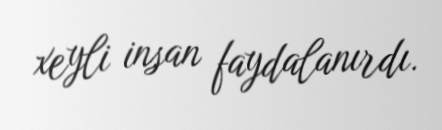
xeyli insan faydalanırdı.